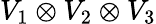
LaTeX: V_{1}\otimes V_{2}\otimes V_{3}